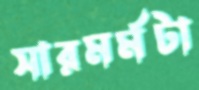
সারমর্মটা